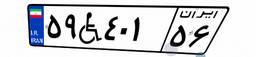
۸۵W۹۲۱۶۵